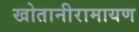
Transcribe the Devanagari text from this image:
खोतानीरामायण